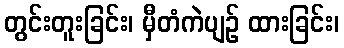
တွင်းတူးခြင်း၊ မှီတံကဲပျဉ် ထားခြင်း၊